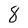
Character: 8